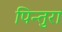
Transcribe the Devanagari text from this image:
पिन्तुरा